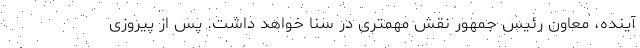
آینده، معاون رئیس جمهور نقش مهمتری در سنا خواهد داشت. پس از پیروزی